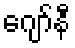
ဂျော်နီ